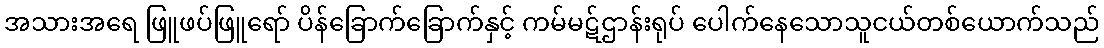
အသားအရေ ဖြူဖပ်ဖြူရော် ပိန်ခြောက်ခြောက်နှင့် ကမ်မဋ်ဌာန်းရုပ် ပေါက်နေသောသူငယ်တစ်ယောက်သည်